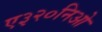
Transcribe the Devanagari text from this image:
ए३२०निओ